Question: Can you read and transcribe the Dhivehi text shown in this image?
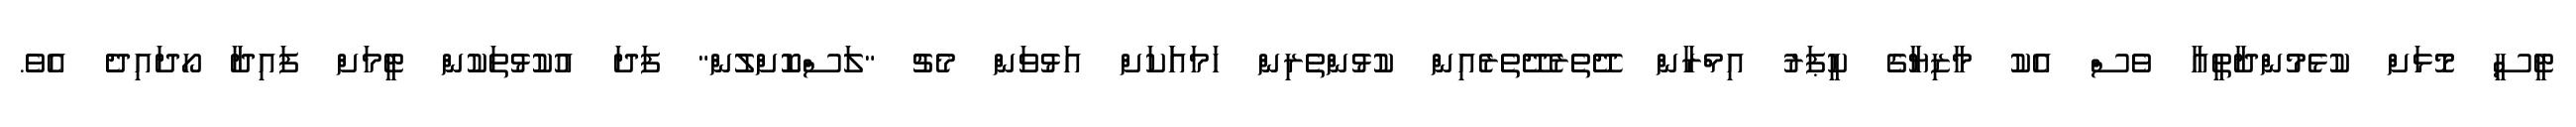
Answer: ޓީސީ މޮޅަށް ކުޅެމުންދާތީއާ ވެސް އެކު މާޒިޔާގެ ކީޕަރު އިމްރާން ދޭތެރެދޭތެރެއިން ކުޅުންތެރިން ހަމައަަކަށް އަޅުވަން މެޗު "ލަސްކޮށްލުން" ފަދަ އުކުޅުތަކުން ޓީމަށް ފައިދާ ހޯދައިދެ އެވެ.